Vaccination report Assam 1896-1927 - 1896-1927
Year: 1896
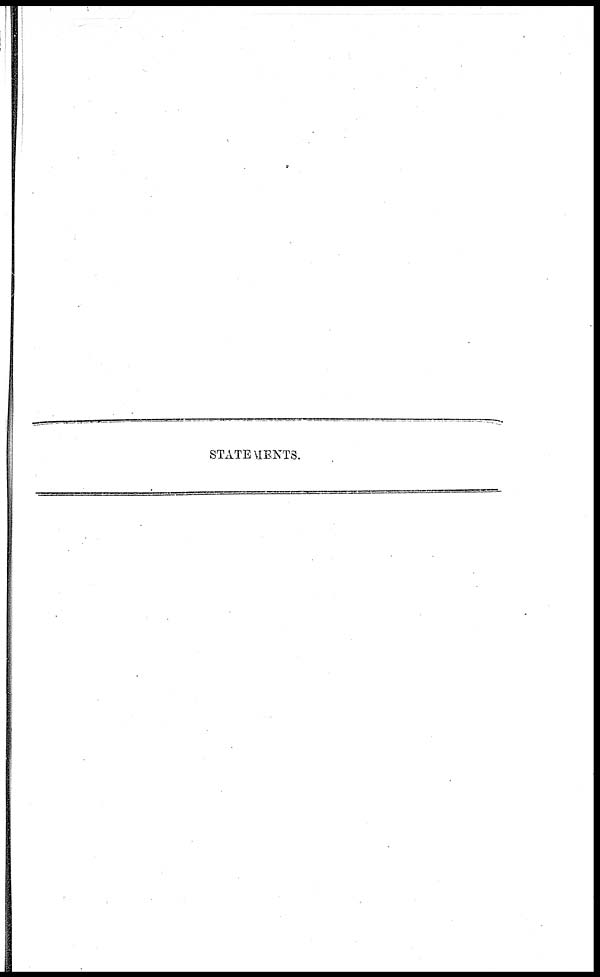
STATEMENTS.